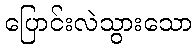
ပြောင်းလဲသွားသော